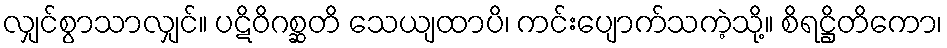
လျှင်စွာသာလျှင်။ ပဋိဝိဂစ္ဆတိ သေယျထာပိ၊ ကင်းပျောက်သကဲ့သို့။ စိရဋ္ဌိတိကော၊